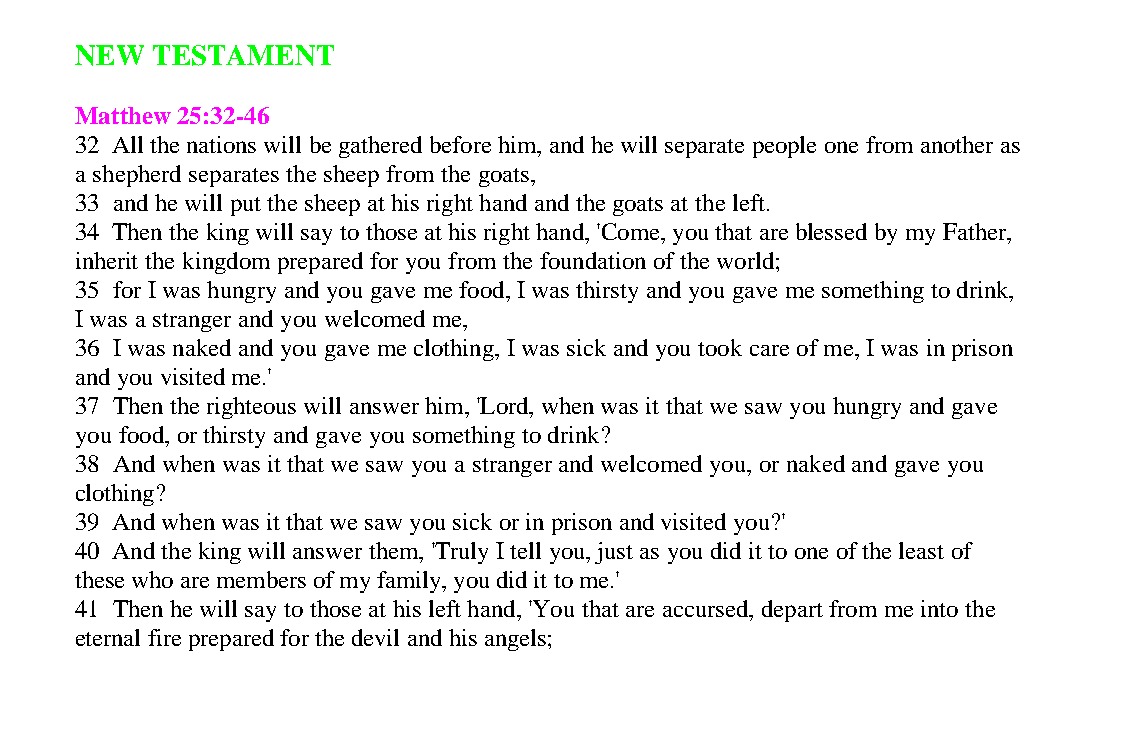
NEW  TESTAMENT
 Matthew 25:32-46
 32 All the nations will be gathered before him, and he will separate people one from another as
 a shepherd separates the sheep from the goats,
 33 and he will put the sheep at his right hand and the goats at the left.
 34 Then the king will say to those at his right hand, 'Come, you that are blessed by my Father,
 inherit the kingdom prepared for you from the foundation of the world;
 35 for I was hungry and you gave me food, I was thirsty and you gave me something to drink,
 I was a stranger and you welcomed me,
 36 I was naked and you gave me clothing, I was sick and you took care of me, I was in prison
 and you visited me.'
 37 Then the righteous will answer him, 'Lord, when was it that we saw you hungry and gave
 you food, or thirsty and gave you something to drink?
 38 And when was it that we saw you a stranger and welcomed you, or naked and gave you
 clothing?
 39 And when was it that we saw you sick or in prison and visited you?'
 40 And the king will answer them, 'Truly I tell you, just as you did it to one of the least of
 these who are members of my family, you did it to me.'
 41 Then he will say to those at his left hand, 'You that are accursed, depart from me into the
 eternal fire prepared for the devil and his angels;